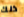
ذلك